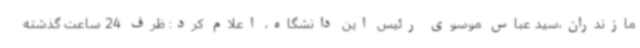
مازندران،سید عباس موسوی رئیس این دانشگاه، اعلام کرد: ظرف 24 ساعت گذشته